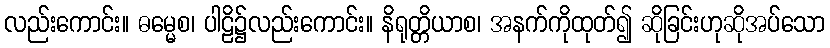
လည်းကောင်း။ ဓမ္မေစ၊ ပါဠိ၌လည်းကောင်း။ နိရုတ္တိယာစ၊ အနက်ကိုထုတ်၍ ဆိုခြင်းဟုဆိုအပ်သော